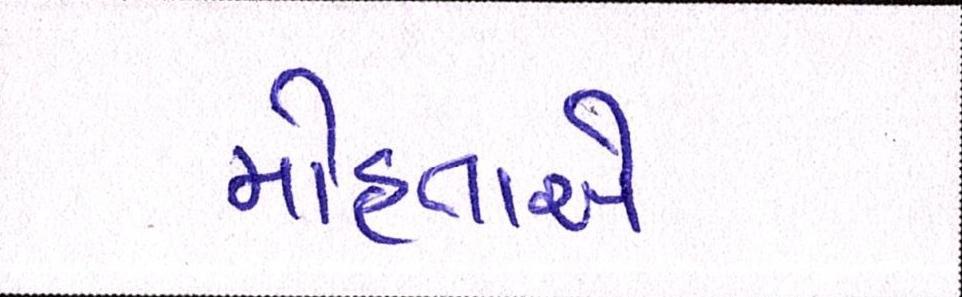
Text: મોહતાએ